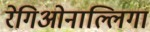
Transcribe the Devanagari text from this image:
रेगिओनाल्लिगा